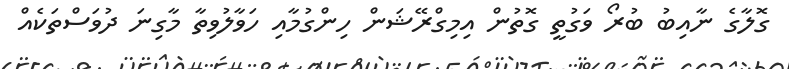
ގޮލާގެ ނާއިބު ބުރޯ ވަގުތީ ގޮތުން އިމިގްރޭޝަން ހިންގުމާއި ހަވާލުވިތާ މާގިނަ ދުވަސްތަކެއް